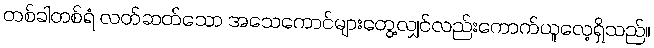
တစ်ခါတစ်ရံ လတ်ဆတ်သော အသေကောင်များတွေ့လျှင်လည်းကောက်ယူလေ့ရှိသည်။